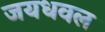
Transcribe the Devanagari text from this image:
जयधवल